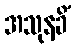
အသုနခိံ